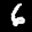
Label: 6